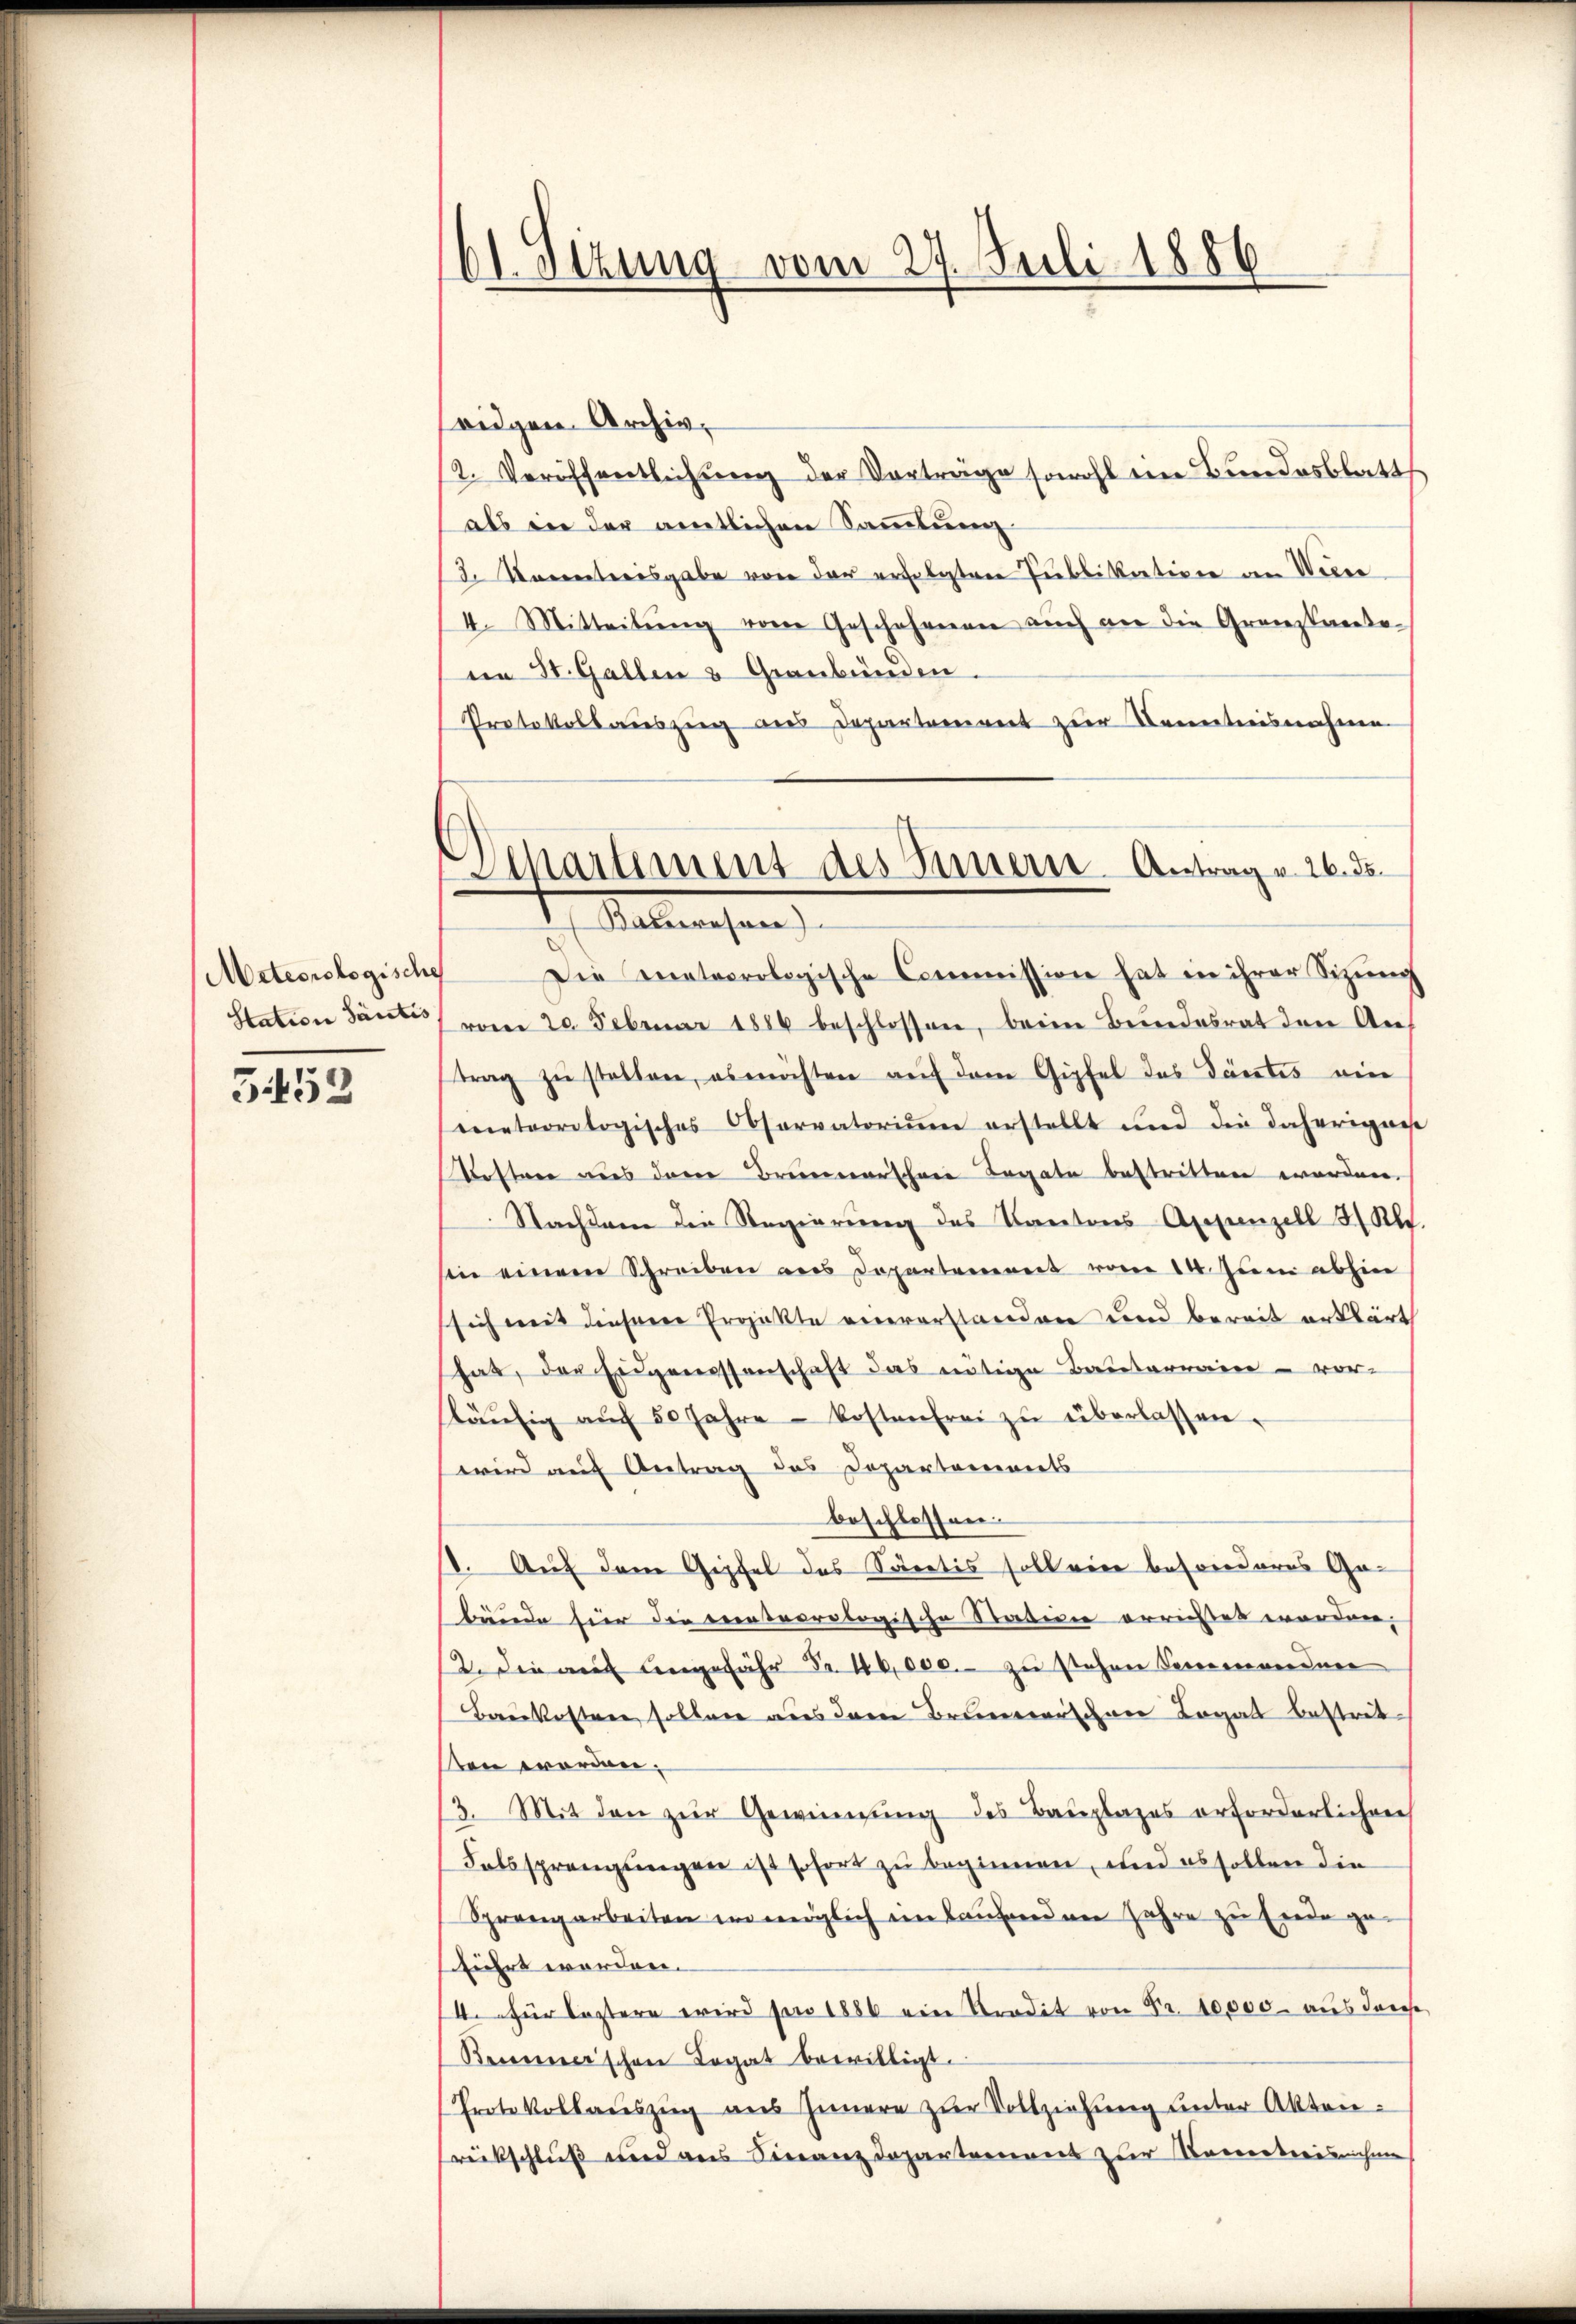
Meteorologische
Station Santis

5452

61. Setzung vom 27. Juli 1886

Departement des Seinern Antrage 26. ds.
 Salemachen

ridgen. Archiv,
2. Veröffentlichŭng der Vorträge sowohl ein Bundesblatt
als in der amtlichen Sammlung
2. Korrenterisgabe von der erfolgten Publikativen an Weger
4. Mitteilung vom Geschehenen auch an die Granzkarte
in St. Gallen & Graubünden.
Protokollauszug aus Departement zur Kenntnisnahme
Die meteorologische Commission hat in ihrer Sizung
vom 20. Februar 1886 beschlossen, beim Beendesrat den An
trag zu stellen, es möchten auf dem Gipfel das Tantes ein
meteorologisches Observatoriŭm erstellt und die daherigens
estner aus dem Brennerschene Legate bestritten worden.
Nachdem die Regierung des Kantons Appenzell 4 Al.
sin einem Schreiben aus Departement vom 14. Juni abhin
sich mit diesene Projekte einverstanden und bereit erklärt
hat, der Eigenessenschaft das nötige Bauterrain - vor-
släŭfig aŭch 50 Jahre kostenfrei zŭ überlassen.
wird auf Antrag des Departements
beschlossen.
8. Auf dem Gipfel das Secretis soll eine besonderes Gebeide hier die erinterrologische Staten errichtet worden,
12. Die auf angefähr Fr. 40,000.- zu Jahren Ferienordnen
Baukosten sollen aus dem Brunerischen Legal bestrit
ten worden,
13. Mit den zŭr Gewinnung des Bauplages erforderlichere
Folssprengungen ist sofort zu beginnen, und es sollen die
Sprengarbeiten in möglich im Laufenden Jahre zu Ende ge-
führt worden.
4. für leztere wird pro 1886 ein Kredit von Fr. 10000 aus durche
Brunnerschen Legat bewilligt.
Protokollaŭszŭg aŭs Innern zŭr Vollziehung unter Akten:
rückschluß und aus Finanzdepartement zur Kometerischme